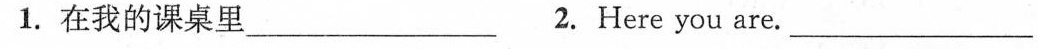
1.在我的课桌里___ 2.Here you are.___